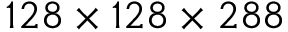
1 2 8 \times 1 2 8 \times 2 8 8